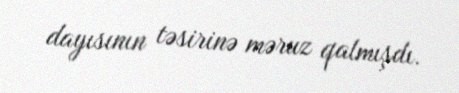
dayısının təsirinə məruz qalmışdı.